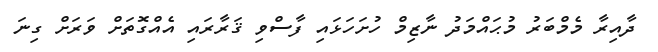
ދާއިރާ މެމްބަރު މުޙައްމަދު ނާޒިމް ހުށަހަޅައި ފާސްވި ޤަރާރައި އެއްގޮތަށް ވަރަށް ގިނަ